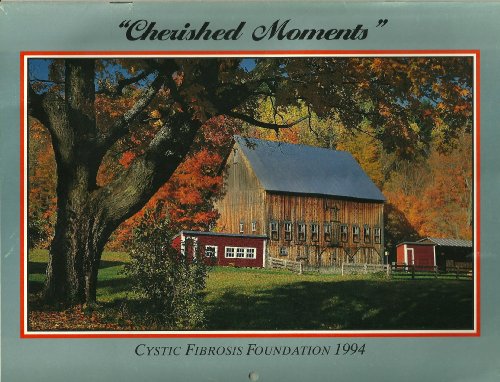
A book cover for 1994 CALENDAR, HERISHED MOMENTS, CYSTIC FIBROSIS FOUNDATION; Health, Fitness & Dieting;